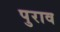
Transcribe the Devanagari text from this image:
पुराव